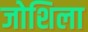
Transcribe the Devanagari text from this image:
जोशिला